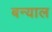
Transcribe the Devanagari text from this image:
बन्‍याल